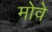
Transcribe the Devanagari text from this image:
मोवे